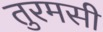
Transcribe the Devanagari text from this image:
तुरमसी